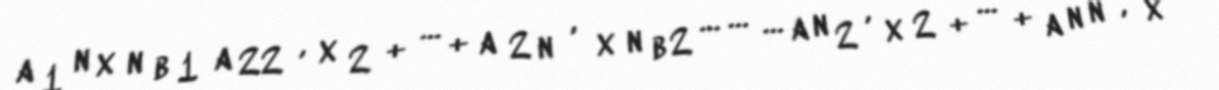
a 1 n x n b 1 a 22 ′ x 2 + … + a 2 n ′ x n b 2 … … … a n 2 ′ x 2 + … + a n n ′ x